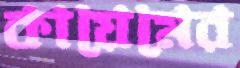
কায়েমের